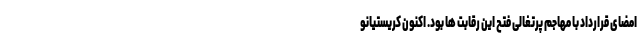
امضای قرارداد با مهاجم پرتغالی فتح این رقابت ها بود. اکنون کریستیانو